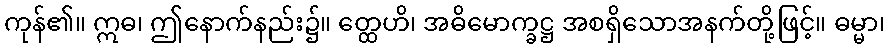
ကုန်၏။ ဣဓ၊ ဤနောက်နည်း၌။ တ္ထေဟိ၊ အဓိမောက္ခဋ္ဌ အစရှိသောအနက်တို့ဖြင့်။ ဓမ္မာ၊